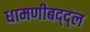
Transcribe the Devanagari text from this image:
धामणीबद्द्ल